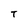
Character: T